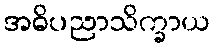
အဓိပညာသိက္ခာယ